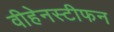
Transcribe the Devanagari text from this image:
वीहेनस्टीफन